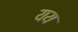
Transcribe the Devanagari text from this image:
यय